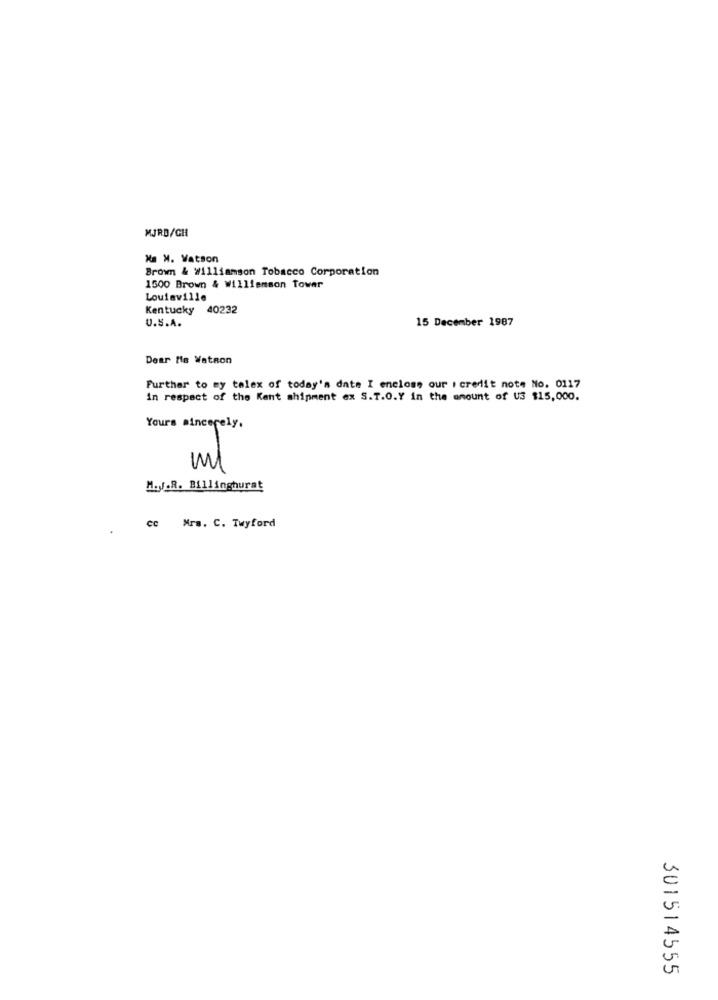
MJRD/CH
Ke M. Vatson
Brown & Williamson Tobacco Corporation
1500 Brown & Williamson Tower
Louisville
Kentucky 40232
U.S.A.
15 December 1987
Dear Mis Watnon
Further to my telex of today's date I enclose our i credit note No. 0117
in respect of the Kent shipment ex S.T.O.Y in the amount of US $15,000.
Yours sincerely.
ml
M.J.R. Billinghurat
CC Mrs. C. Twyford
301514555